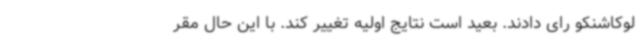
لوکاشنکو رای دادند. بعید است نتایج اولیه تغییر کند. با این حال مقر